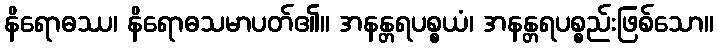
နိရောဓဿ၊ နိရောဓသမာပတ်၏။ အနန္တရပစ္စယံ၊ အနန္တရပစ္စည်းဖြစ်သော။